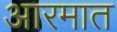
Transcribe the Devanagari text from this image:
आरमात